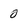
Character: 0